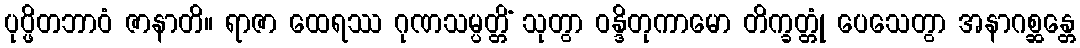
ပုပ္ဖိတဘာဝံ ဇာနာတိ။ ရာဇာ ထေရဿ ဂုဏသမ္ပတ္တိံ သုတွာ ဝန္ဒိတုကာမော တိက္ခတ္တုံ ပေသေတွာ အနာဂစ္ဆန္တေ